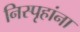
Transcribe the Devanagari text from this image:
निस्पृहांना